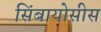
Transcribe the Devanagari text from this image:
सिंबायोसीस